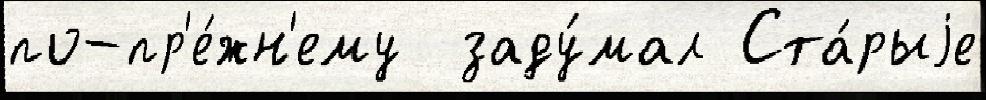
по-пр'е́жн'ему  заду́мал Ста́рыjе